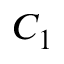
C _ { 1 }